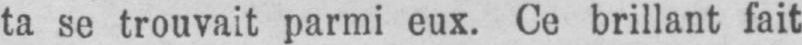
ta se trouvait parmi eux. Ce brillant fait